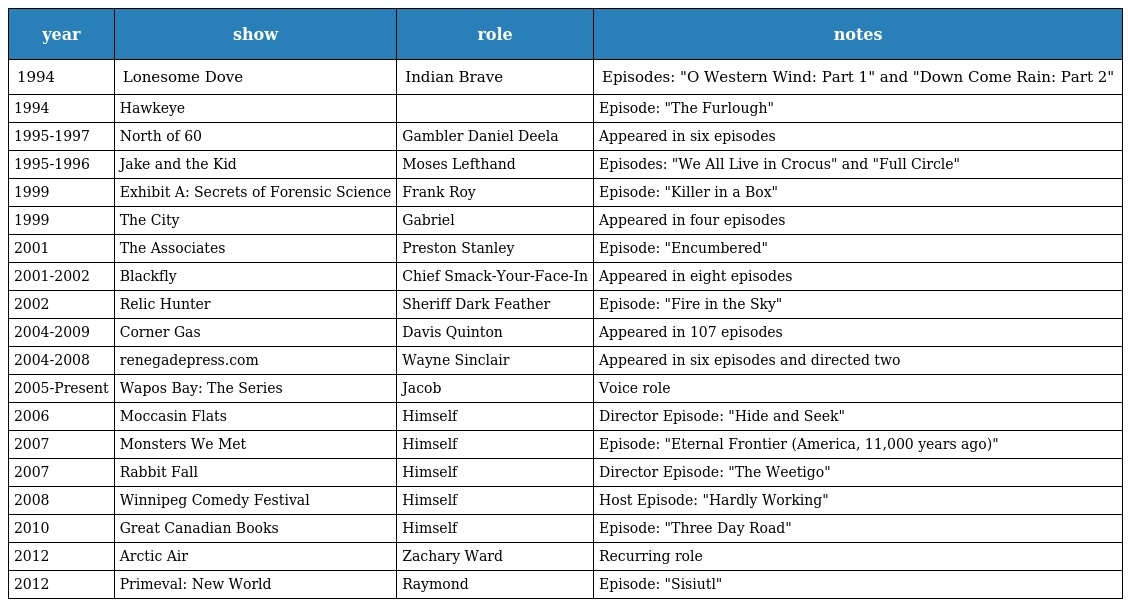
| year | show | role | notes |
 | --- | --- | --- | --- |
 | 1994 | Lonesome Dove | Indian Brave | Episodes: "O Western Wind: Part 1" and "Down Come Rain: Part 2" |
 | 1994 | Hawkeye |  | Episode: "The Furlough" |
 | 1995-1997 | North of 60 | Gambler Daniel Deela | Appeared in six episodes |
 | 1995-1996 | Jake and the Kid | Moses Lefthand | Episodes: "We All Live in Crocus" and "Full Circle" |
 | 1999 | Exhibit A: Secrets of Forensic Science | Frank Roy | Episode: "Killer in a Box" |
 | 1999 | The City | Gabriel | Appeared in four episodes |
 | 2001 | The Associates | Preston Stanley | Episode: "Encumbered" |
 | 2001-2002 | Blackfly | Chief Smack-Your-Face-In | Appeared in eight episodes |
 | 2002 | Relic Hunter | Sheriff Dark Feather | Episode: "Fire in the Sky" |
 | 2004-2009 | Corner Gas | Davis Quinton | Appeared in 107 episodes |
 | 2004-2008 | renegadepress.com | Wayne Sinclair | Appeared in six episodes and directed two |
 | 2005-Present | Wapos Bay: The Series | Jacob | Voice role |
 | 2006 | Moccasin Flats | Himself | Director Episode: "Hide and Seek" |
 | 2007 | Monsters We Met | Himself | Episode: "Eternal Frontier (America, 11,000 years ago)" |
 | 2007 | Rabbit Fall | Himself | Director Episode: "The Weetigo" |
 | 2008 | Winnipeg Comedy Festival | Himself | Host Episode: "Hardly Working" |
 | 2010 | Great Canadian Books | Himself | Episode: "Three Day Road" |
 | 2012 | Arctic Air | Zachary Ward | Recurring role |
 | 2012 | Primeval: New World | Raymond | Episode: "Sisiutl" |